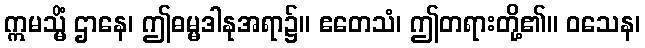
ဣမသ္မိံ ဌာနေ၊ ဤဓမ္မဒါနုအရာ၌။ ဧတေသံ၊ ဤတရားတို့၏။ ဝသေန၊